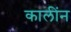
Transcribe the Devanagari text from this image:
कालींन